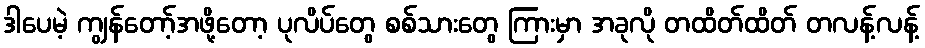
ဒါပေမဲ့ ကျွန်တော့်အဖို့တော့ ပုလိပ်တွေ စစ်သားတွေ ကြားမှာ အခုလို တထိတ်ထိတ် တလန့်လန့်